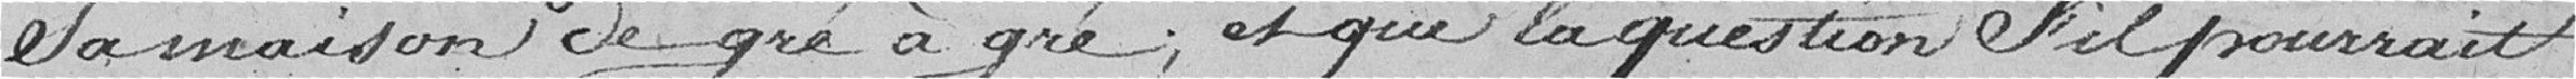
sa maison de gré à gré, et que la question s'il pourrait